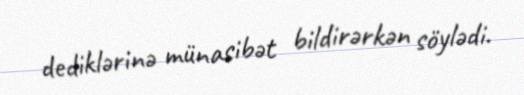
dediklərinə münasibət bildirərkən söylədi.